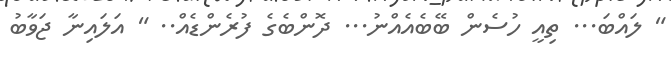
" ލައްބަ... ތިއީ ހުސެން ބޭބެއެއްނު... ދޮންބެގެ ފުރެންޑެއް.. " އަލައިނާ ޖަވާބު